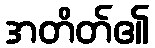
အတိတ်၏